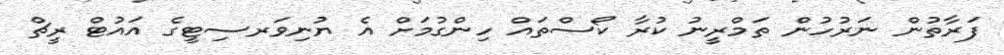
ފަރާތުން ނަރުހުން ތަމްރީނު ކުރާ ކޯސްތައް ހިންގުމަށް އެ ޔުނިވަރސިޓީގެ އައުޓް ރީޗް